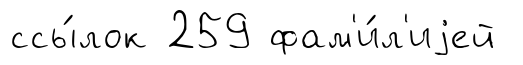
ссы́лок 259 фам'и́л'иjей